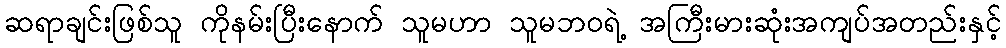
ဆရာချင်းဖြစ်သူ ကိုနမ်းပြီးနောက် သူမဟာ သူမဘဝရဲ့ အကြီးမားဆုံးအကျပ်အတည်းနှင့်